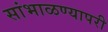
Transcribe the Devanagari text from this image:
सांभाळण्यापरी